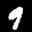
Label: 9